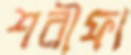
শরীফা